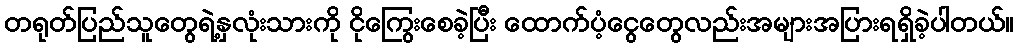
တရုတ်ပြည်သူတွေရဲ့နှလုံးသားကို ငိုကြွေးစေခဲ့ပြီး ထောက်ပံ့ငွေတွေလည်းအများအပြားရရှိခဲ့ပါတယ်။